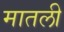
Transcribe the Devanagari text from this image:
मातली